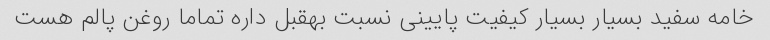
خامه سفید بسیار بسیار کیفیت پایینی نسبت بهقبل داره تماما روغن پالم هست